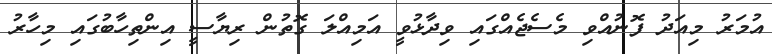
އުމަރު މިއަދު ފޮނުއްވި މެސެޖެއްގައި ވިދާޅުވީ އަމިއްލަ ގޮތުން ރިޔާސީ އިންތިހާބުގައި މިހާރު